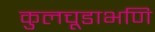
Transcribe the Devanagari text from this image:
कुलचूडाभणि